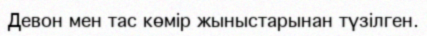
Девон мен тас көмір жыныстарынан түзілген.